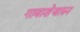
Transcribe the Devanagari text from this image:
गावाशेजारुन